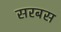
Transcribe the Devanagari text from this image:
सरबस